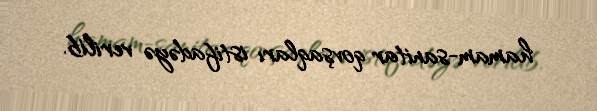
hamam-sanitar qovşaqları istifadəyə verilib.